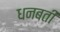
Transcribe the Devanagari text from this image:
धनबती